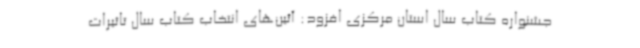
جشنواره کتاب سال استان مرکزی افزود: آئین‌های انتخاب کتاب سال تاثیرات